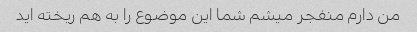
من دارم منفجر میشم شما این موضوع را به هم ریخته اید